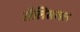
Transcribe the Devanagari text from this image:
सैलिसाइल